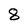
Character: 8